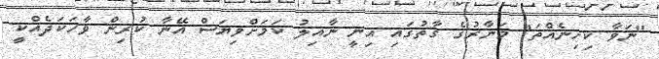
"ނަވާ ކިހިނެއްތަ" މަނާރުގެ ގާތުގައި އިނީ ނާއިލު ކަމަށްވިޔަސް އޭނާ ކުރިން ވާހަކަދެއްކީ